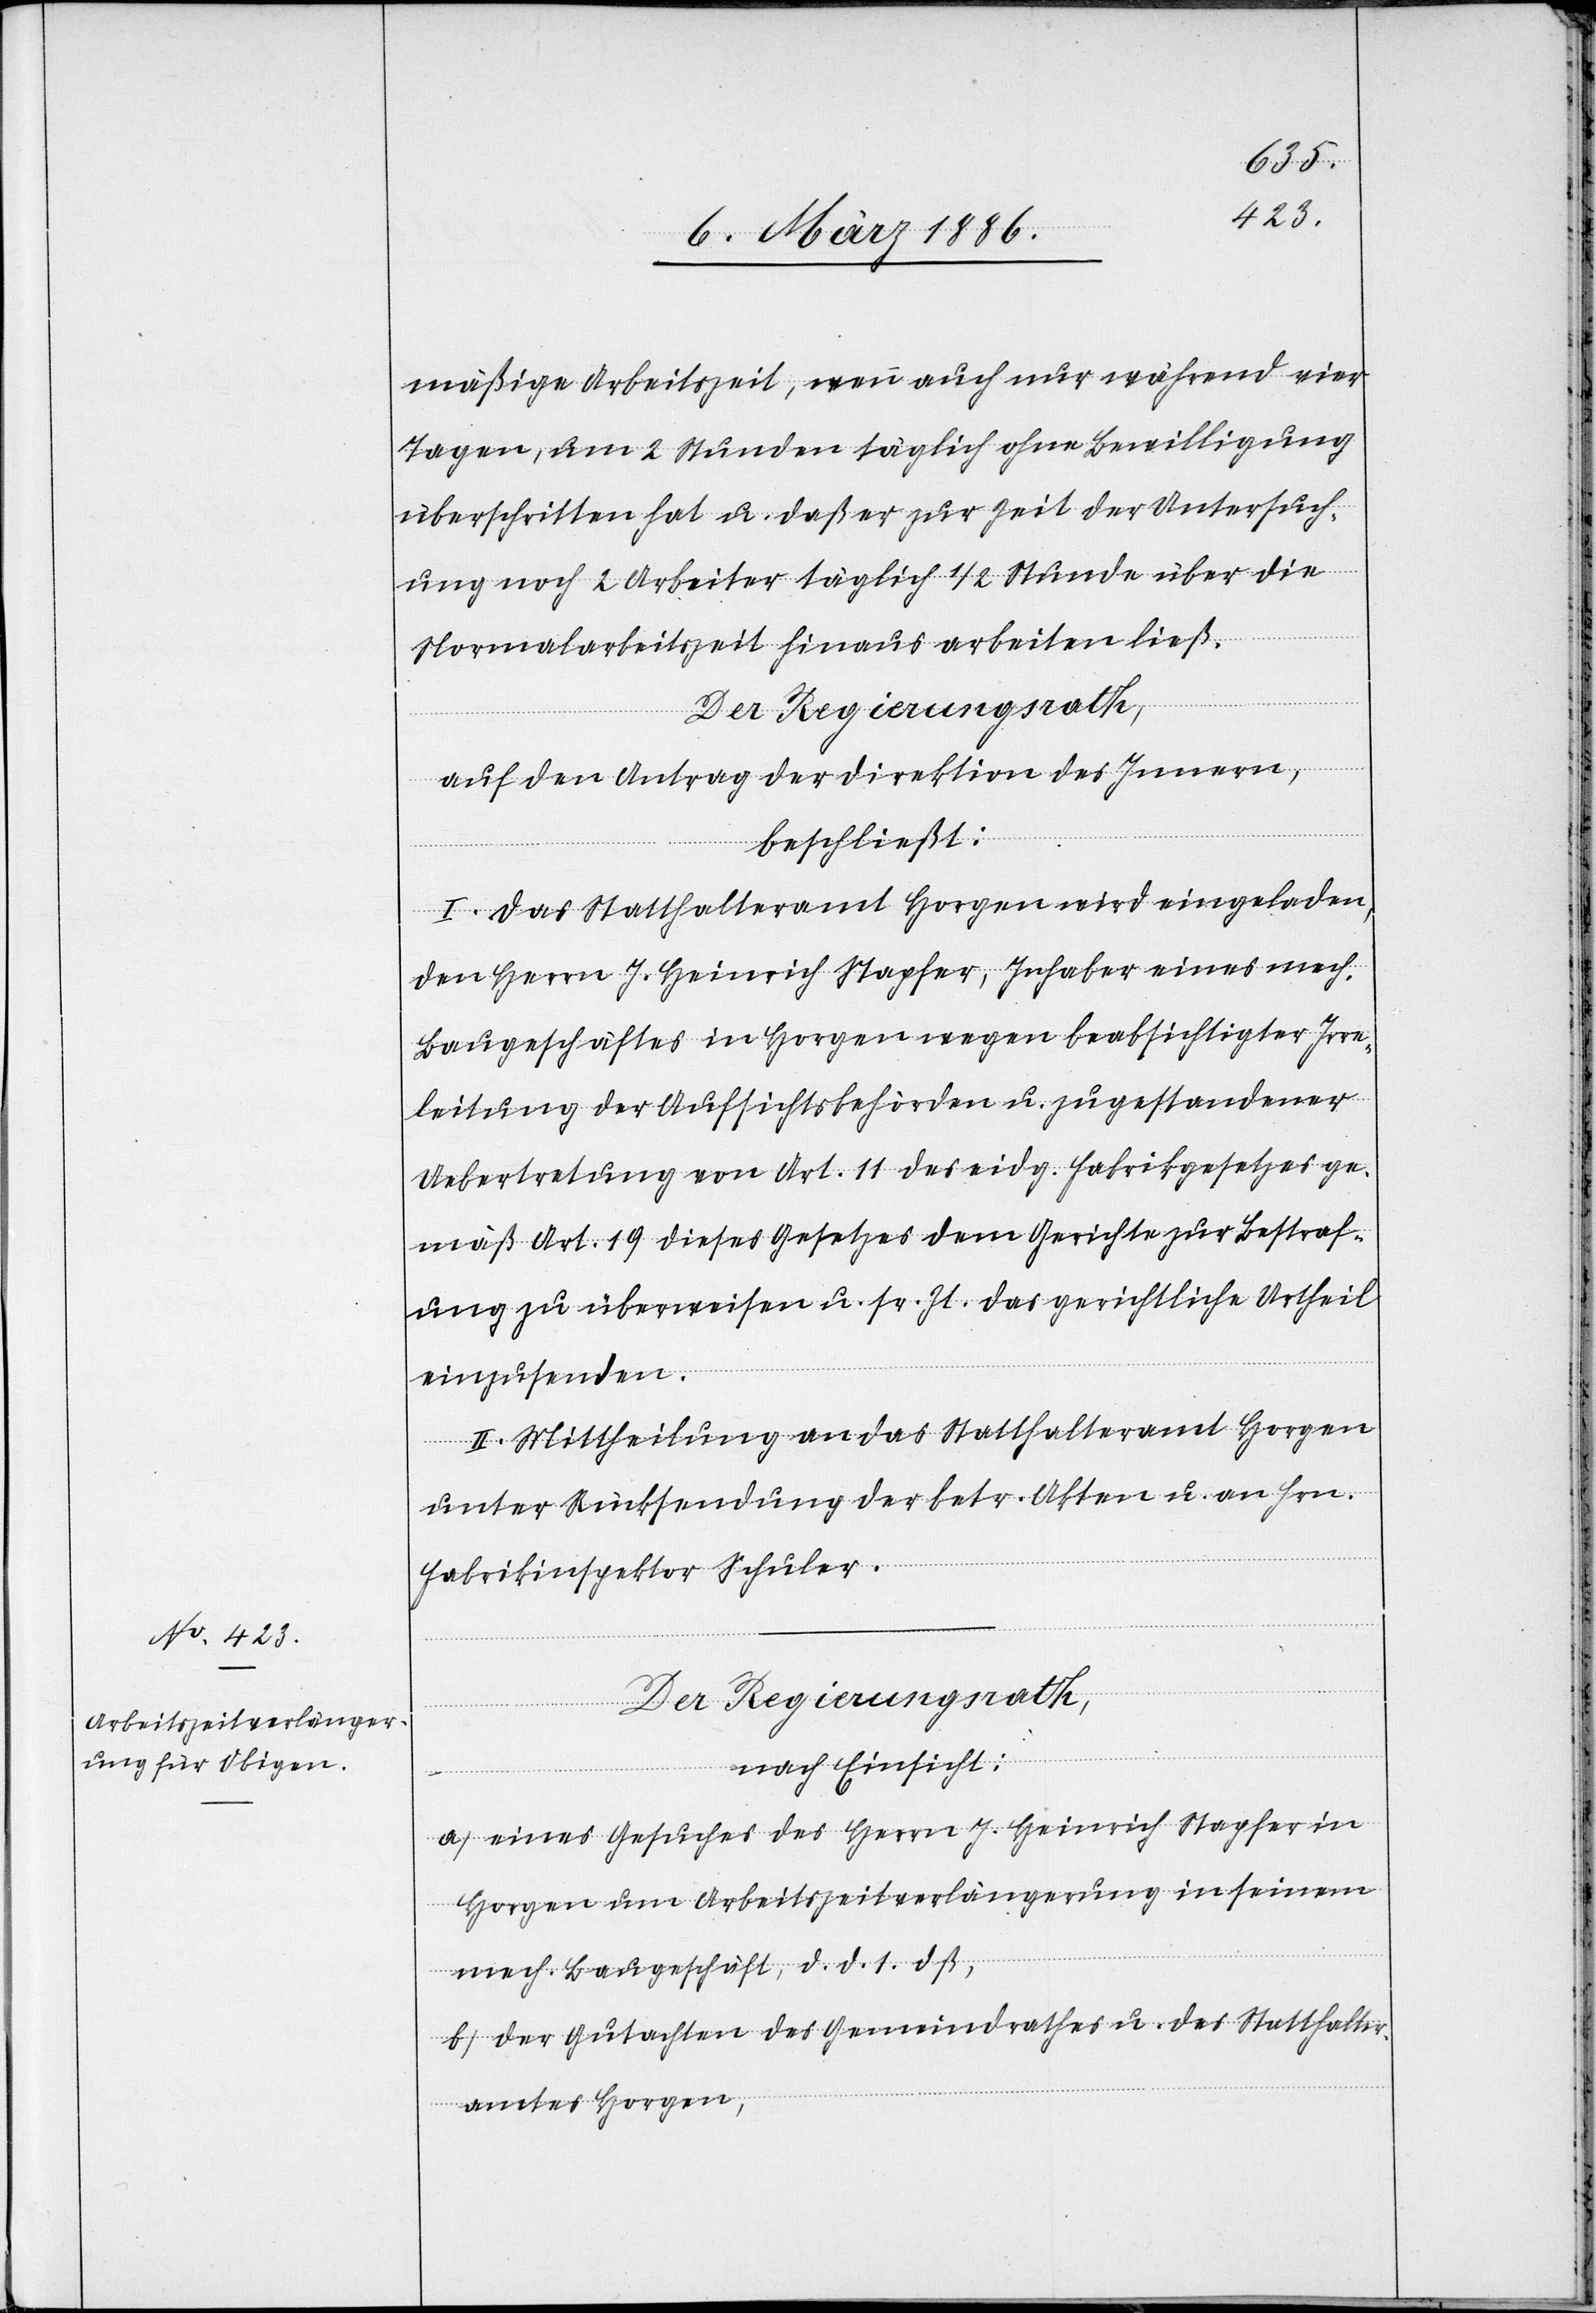
mäßige Arbeitszeit, wenn auch nur während vier
Tagen, um 2 Stunden täglich ohne Bewilligung
überschritten hat u. daß er zur Zeit der Untersuch¬
ung noch 2 Arbeiter täglich 1/2 Stunde über die
Normalarbeitszeit hinaus arbeiten ließ.
Der Regierungsrath,
auf den Antrag der Direktion des Innern,
beschließt:
I. Das Statthalteramt Horgen wird eingeladen,
den Herrn J. Heinrich Stapfer, Inhaber eines mech.
Baugeschäftes in Horgen wegen beabsichtigter Irr¬
leitung der Aufsichtsbehörden u. zugestandener
Uebertretung von Art. 11 des eidg. Fabrikgesetzes ge¬
mäß Art. 19 dieses Gesetzes dem Gerichte zur Bestraf¬
ung zu überweisen u. sr. Zt. das gerichtliche Urtheil
einzusenden.
II. Mittheilung an das Statthalteramt Horgen
unter Rücksendung der betr. Akten u. an Hrn.
Fabrikinspektor Schuler.
[Fortsetzung
nach Einsicht:
a) eines Gesuches des Herrn J. Heinrich Stapfer in
Horgen um Arbeitszeitverlängerung in seinem
mech. Baugeschäft, d. d. 1. dß.,
b) der Gutachten des Gemeindrathes u. des Statthalter¬
amtes Horgen,